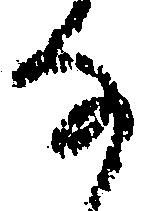
事